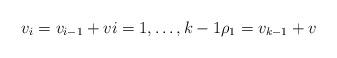
LaTeX: \begin{align*} v_i=v_{i-1}+v i=1, \dots, k-1 \rho_1=v_{k-1}+v\end{align*}